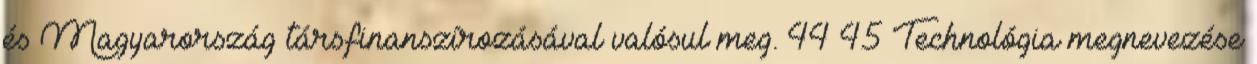
és Magyarország társfinanszírozásával valósul meg. 44 45 Technológia megnevezése